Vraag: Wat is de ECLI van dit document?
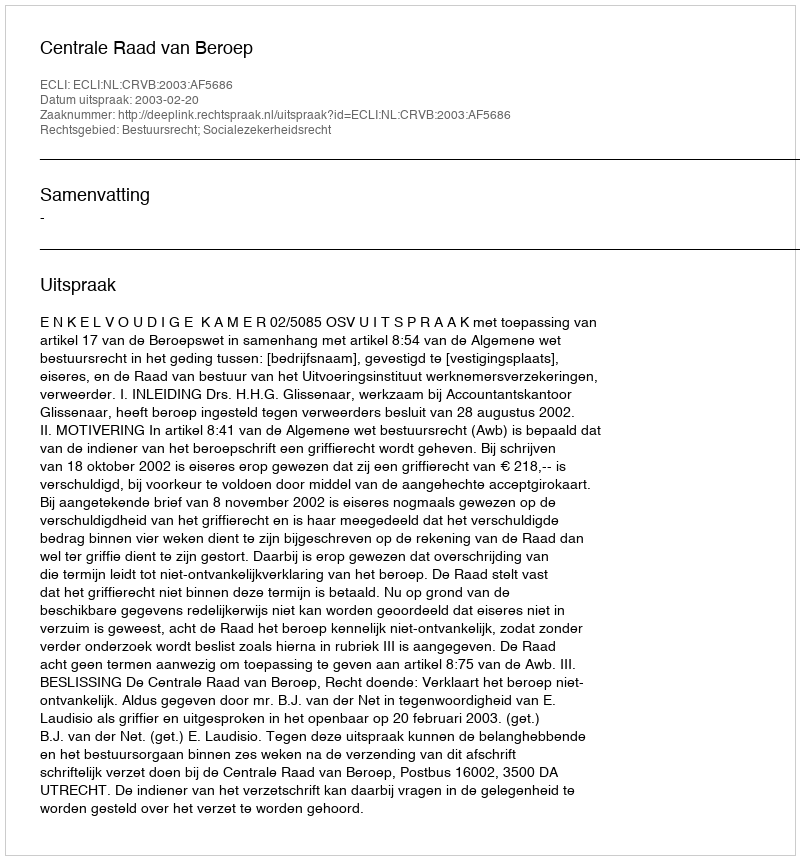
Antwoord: ECLI:NL:CRVB:2003:AF5686